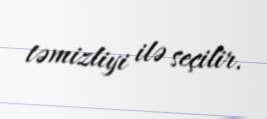
təmizliyi ilə seçilir.